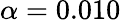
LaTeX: \alpha=0.010